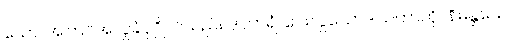
ယော၊ အကြင်အလှူခံပုဂ္ဂိုလ်သည်။ ဒါတာရံ၊ ပေးလှူသောဒါယကာကို။ နိမန္တယေ၊